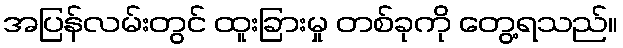
အပြန်လမ်းတွင် ထူးခြားမှု တစ်ခုကို တွေ့ရသည်။